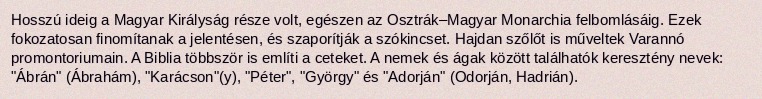
Hosszú ideig a Magyar Királyság része volt, egészen az Osztrák–Magyar Monarchia felbomlásáig. Ezek fokozatosan finomítanak a jelentésen, és szaporítják a szókincset. Hajdan szőlőt is műveltek Varannó promontoriumain. A Biblia többször is említi a ceteket. A nemek és ágak között találhatók keresztény nevek: "Ábrán" (Ábrahám), "Karácson"(y), "Péter", "György" és "Adorján" (Odorján, Hadrián).